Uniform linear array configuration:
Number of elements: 16
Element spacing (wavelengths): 1
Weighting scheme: hamming
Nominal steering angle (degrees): -30
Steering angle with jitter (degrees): -28.071
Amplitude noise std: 0.05
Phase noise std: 0.05

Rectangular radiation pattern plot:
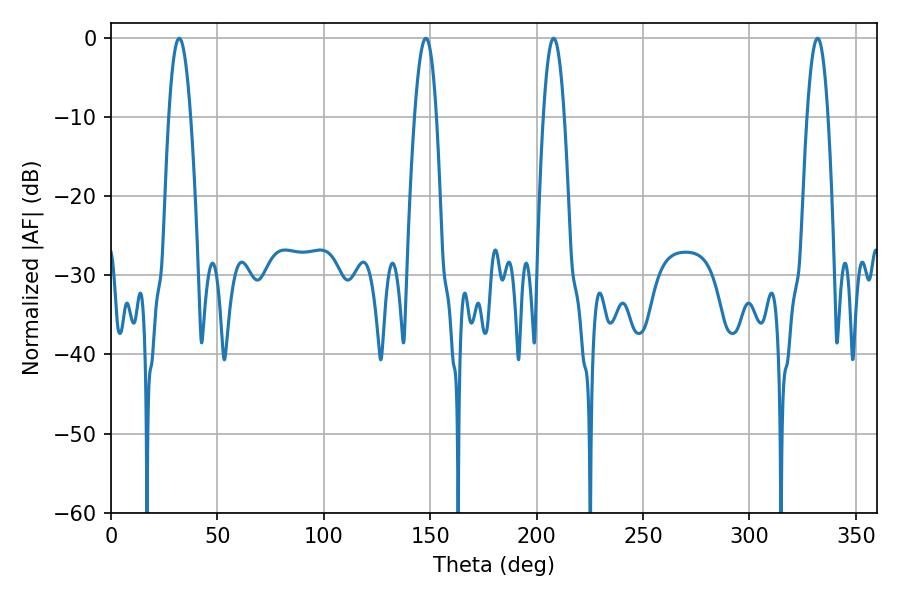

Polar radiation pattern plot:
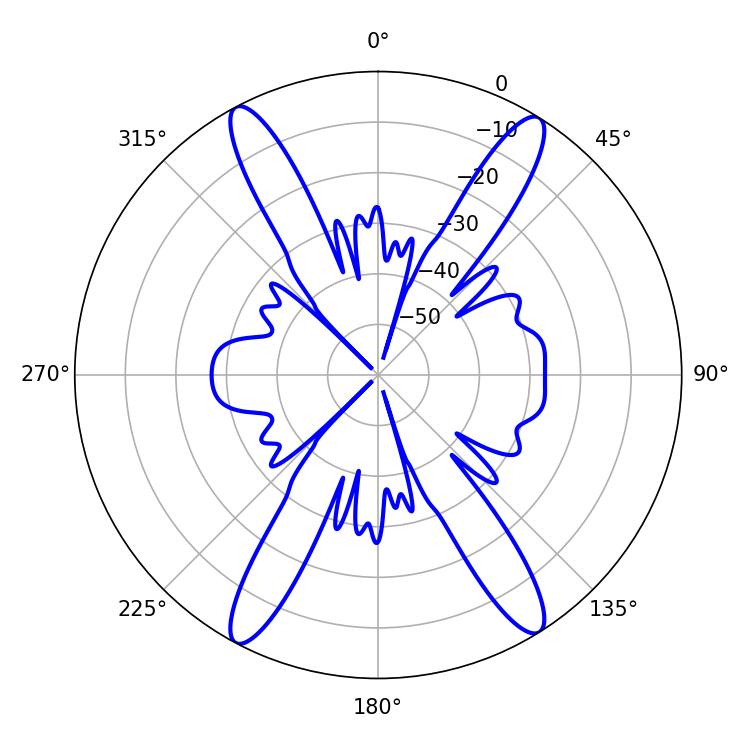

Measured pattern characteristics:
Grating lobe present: TRUE
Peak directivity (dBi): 20.401
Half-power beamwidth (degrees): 5.58
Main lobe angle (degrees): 32.04